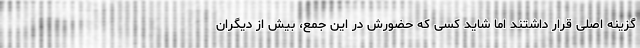
گزینه اصلی قرار داشتند اما شاید کسی که حضورش در این جمع، بیش از دیگران